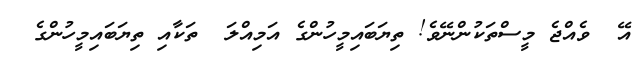
އޭ  ވެއްޖެ މީސްތަކުންނޭވެ! ތިޔަބައިމީހުންގެ އަމިއްލަ  ތަކާއި ތިޔަބައިމީހުންގެ